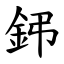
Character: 鈟